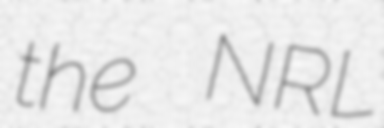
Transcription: the NRL